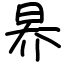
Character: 昦